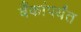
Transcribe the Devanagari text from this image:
बँकांपर्यंत